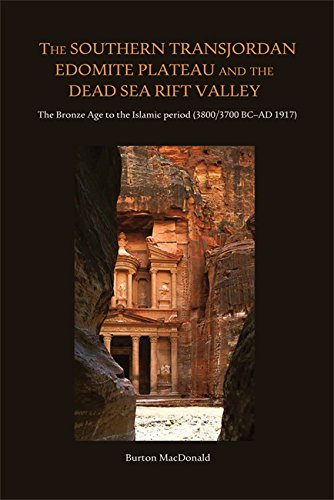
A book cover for The Southern Transjordan Edomite Plateau and the Dead Sea Rift Valley: The Bronze Age to the Islamic Period (3800/3700 BC-AD 1917); Burton MacDonald; History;